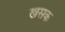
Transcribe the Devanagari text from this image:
खसक